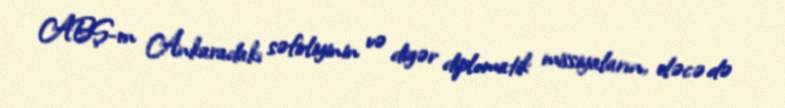
ABŞ-ın Ankaradakı səfirliyinin və digər diplomatik missiyaların, eləcə də